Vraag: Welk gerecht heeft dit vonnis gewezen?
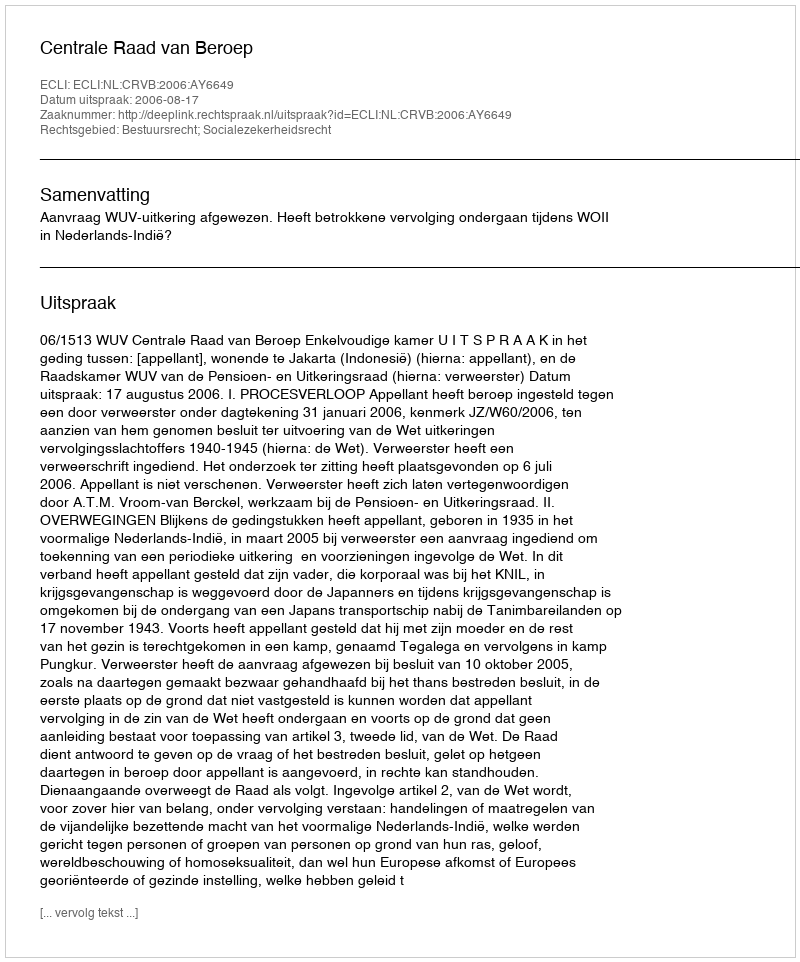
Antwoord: Centrale Raad van Beroep